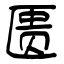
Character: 匮